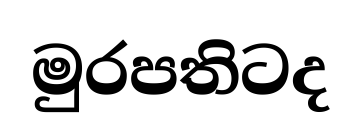
මුරපතිටද